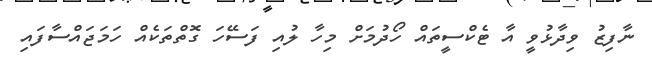
ނާފިޒު ވިދާޅުވީ އާ ޓެކްސީތައް ހޯދުމަށް މިހާ ލުއި ފަސޭހަ ގޮތްތަކެއް ހަމަޖައްސާފައި